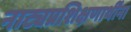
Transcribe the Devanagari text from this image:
नाट्यप्रशिक्षणार्थींना